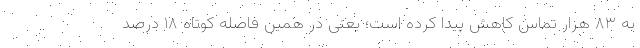
به ۸۳ هزار تماس کاهش پیدا کرده است؛ یعنی در همین فاصله کوتاه ۱۸ درصد